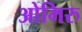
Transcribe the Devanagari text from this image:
ओमिरु